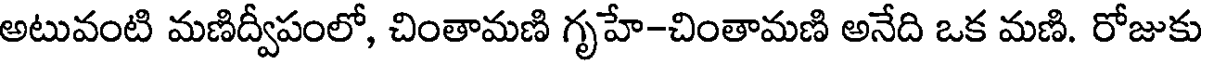
అటువంటి మణిద్వీపంలో, చింతామణి గృహే-చింతామణి అనేది ఒక మణి. రోజుకు